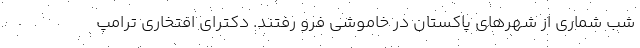
شب شماری از شهرهای پاکستان در خاموشی فرو رفتند. دکترای افتخاری ترامپ